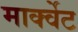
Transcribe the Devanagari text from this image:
मार्क्वेट